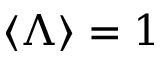
\langle \Lambda \rangle = 1